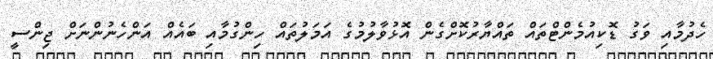
ހެދުމާއި ވަގު ޑޮކިއުމެންޓްތައް ތައްޔާރުކޮށްގެން އޮޅުވާލުމުގެ އަމަލުތައް ހިންގުމާއި ބައެއް އަންހެނުންނަށް ޖިންސީ